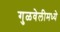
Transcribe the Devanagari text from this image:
गुळवेलीमध्ये